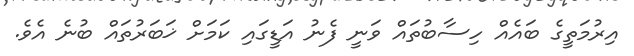
އިރުމަތީގެ ބައެއް ހިސާބުތައް ވަނީ ފެނު އަޑީގައި ކަމަށް ޚަބަރުތައް ބުނެ އެވެ.